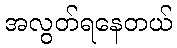
အလွတ်ရနေတယ်